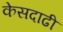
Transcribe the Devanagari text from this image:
केसदाढी